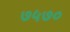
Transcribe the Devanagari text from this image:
७५७०